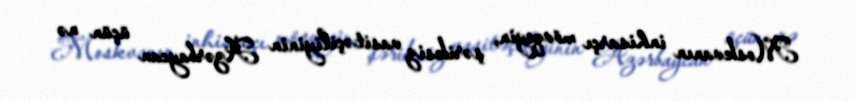
Moskvanın inhisarçı mövqeyin, şəriksiz vasitəçiliyinin Azərbaycan üçün nə